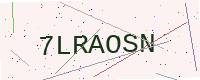
Text: 7LRAOSN